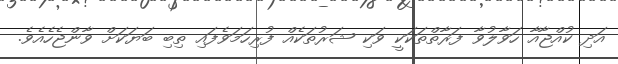
އަދި ކުއްޖާއާ ހަވާލުވާ ފަރާތްތަކަކީ ވަކި ޝަރުތަކެއް ފުރިހަމަވެފައި ތިބި ބަޔަކަށް ވާންޖެހެއެވެ.